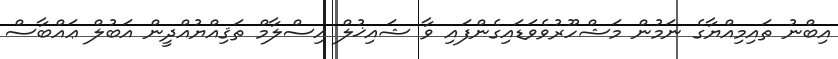
އިބްނު ތައިމިއްޔާގެ ނަމުން މަޝްހޫރުވެވަޑައިގެންފައި ވާ ޝައިޚުލް އިސްލާމް ތަޤިއްޔުއްދީން އަބުލް ޢައްބާސް